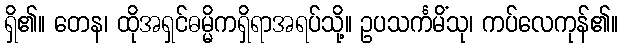
ရှိ၏။ တေန၊ ထိုအရှင်ဓမ္မိကရှိရာအရပ်သို့။ ဥပသင်္ကမိံသု၊ ကပ်လေကုန်၏။